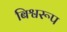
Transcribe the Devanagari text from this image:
बिश्वरूप